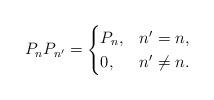
LaTeX: \begin{align*}P_n P_{n'}=\begin{cases}P_n, & n'=n,\\0, & n'\ne n.\end{cases}\end{align*}